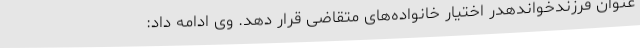
عنوان فرزندخواندهدر اختیار خانواده‌های متقاضی قرار دهد. وی ادامه داد: